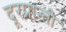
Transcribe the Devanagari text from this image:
दूरप्रान्ती